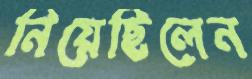
নিয়েছিলেন